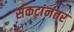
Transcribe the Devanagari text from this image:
संकटांनंतर